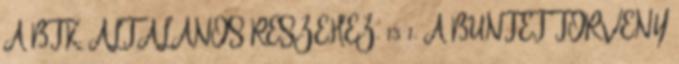
A BTK. ÁLTALÁNOS RÉSZÉHEZ. 15 1. A BÜNTET TÖRVÉNY